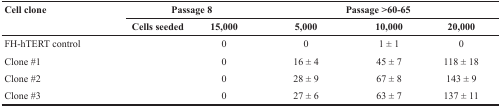
<table><thead><tr><td rowspan="2"><b>Cell clone</b></td><td colspan="2"><b>Passage 8</b></td><td colspan="3"><b>Passage &gt;60-65</b></td></tr><tr><td><b>Cells seeded</b></td><td><b>15,000</b></td><td><b>5,000</b></td><td><b>10,000</b></td><td><b>20,000</b></td></tr></thead><tbody><tr><td>FH-hTERT control</td><td></td><td>0</td><td>0</td><td>1 ± 1</td><td>0</td></tr><tr><td>Clone #1</td><td></td><td>0</td><td>16 ± 4</td><td>45 ± 7</td><td>118 ± 18</td></tr><tr><td>Clone #2</td><td></td><td>0</td><td>28 ± 9</td><td>67 ± 8</td><td>143 ± 9</td></tr><tr><td>Clone #3</td><td></td><td>0</td><td>27 ± 6</td><td>63 ± 7</td><td>137 ± 11</td></tr></tbody></table>